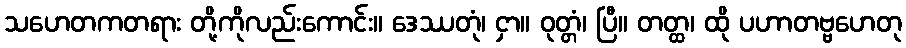
သဟေတကတရား တို့ကိုလည်းကောင်း။ ဒေဿတုံ၊ ငှာ။ ဝုတ္တံ၊ ပြီ။ တတ္ထ၊ ထို ပဟာတဗ္ဗဟေတု